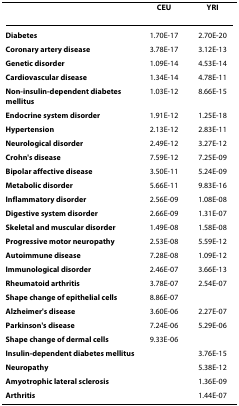
|  | CEU | YRI |
 | --- | --- | --- |
 | Diabetes | 1.70E-17 | 2.70E-20 |
 | Coronary artery disease | 3.78E-17 | 3.12E-13 |
 | Genetic disorder | 1.09E-14 | 4.53E-14 |
 | Cardiovascular disease | 1.34E-14 | 4.78E-11 |
 | Non-insulin-dependent diabetes mellitus | 1.03E-12 | 8.66E-15 |
 | Endocrine system disorder | 1.91E-12 | 1.25E-18 |
 | Hypertension | 2.13E-12 | 2.83E-11 |
 | Neurological disorder | 2.49E-12 | 3.27E-12 |
 | Crohn's disease | 7.59E-12 | 7.25E-09 |
 | Bipolar affective disease | 3.50E-11 | 5.24E-09 |
 | Metabolic disorder | 5.66E-11 | 9.83E-16 |
 | Inflammatory disorder | 2.56E-09 | 1.08E-08 |
 | Digestive system disorder | 2.66E-09 | 1.31E-07 |
 | Skeletal and muscular disorder | 1.49E-08 | 1.58E-08 |
 | Progressive motor neuropathy | 2.53E-08 | 5.59E-12 |
 | Autoimmune disease | 7.28E-08 | 1.09E-12 |
 | Immunological disorder | 2.46E-07 | 3.66E-13 |
 | Rheumatoid arthritis | 3.78E-07 | 2.54E-07 |
 | Shape change of epithelial cells | 8.86E-07 |  |
 | Alzheimer's disease | 3.60E-06 | 2.27E-07 |
 | Parkinson's disease | 7.24E-06 | 5.29E-06 |
 | Shape change of dermal cells | 9.33E-06 |  |
 | Insulin-dependent diabetes mellitus |  | 3.76E-15 |
 | Neuropathy |  | 5.38E-12 |
 | Amyotrophic lateral sclerosis |  | 1.36E-09 |
 | Arthritis |  | 1.44E-07 |